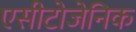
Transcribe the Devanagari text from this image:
एसीटोजेनिक